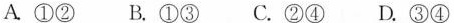
A①②B.①③C.②④ D.③④